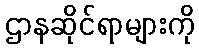
ဌာနဆိုင်ရာများကို